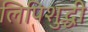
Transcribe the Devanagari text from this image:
लिपिशुद्धी